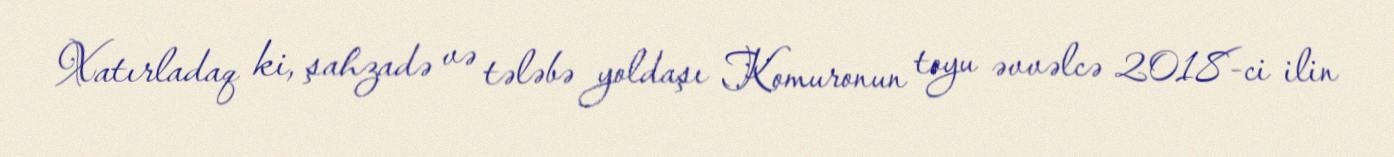
Xatırladaq ki, şahzadə və tələbə yoldaşı Komuronun toyu əvvəlcə 2018-ci ilin